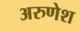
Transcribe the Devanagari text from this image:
अरुणेश